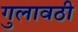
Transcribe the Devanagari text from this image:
गुलावठी